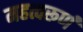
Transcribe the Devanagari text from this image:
महत्वरूर्ण